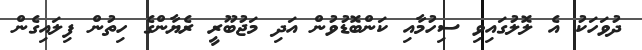
ދުވަހަކު އެ ލޮލުގައިވި ސިހުމާއި ކަންބޮޑުވުން އަދި މަޖުބޫރީ ރެޔާންގެ ހިތުން ފިލައިގެން